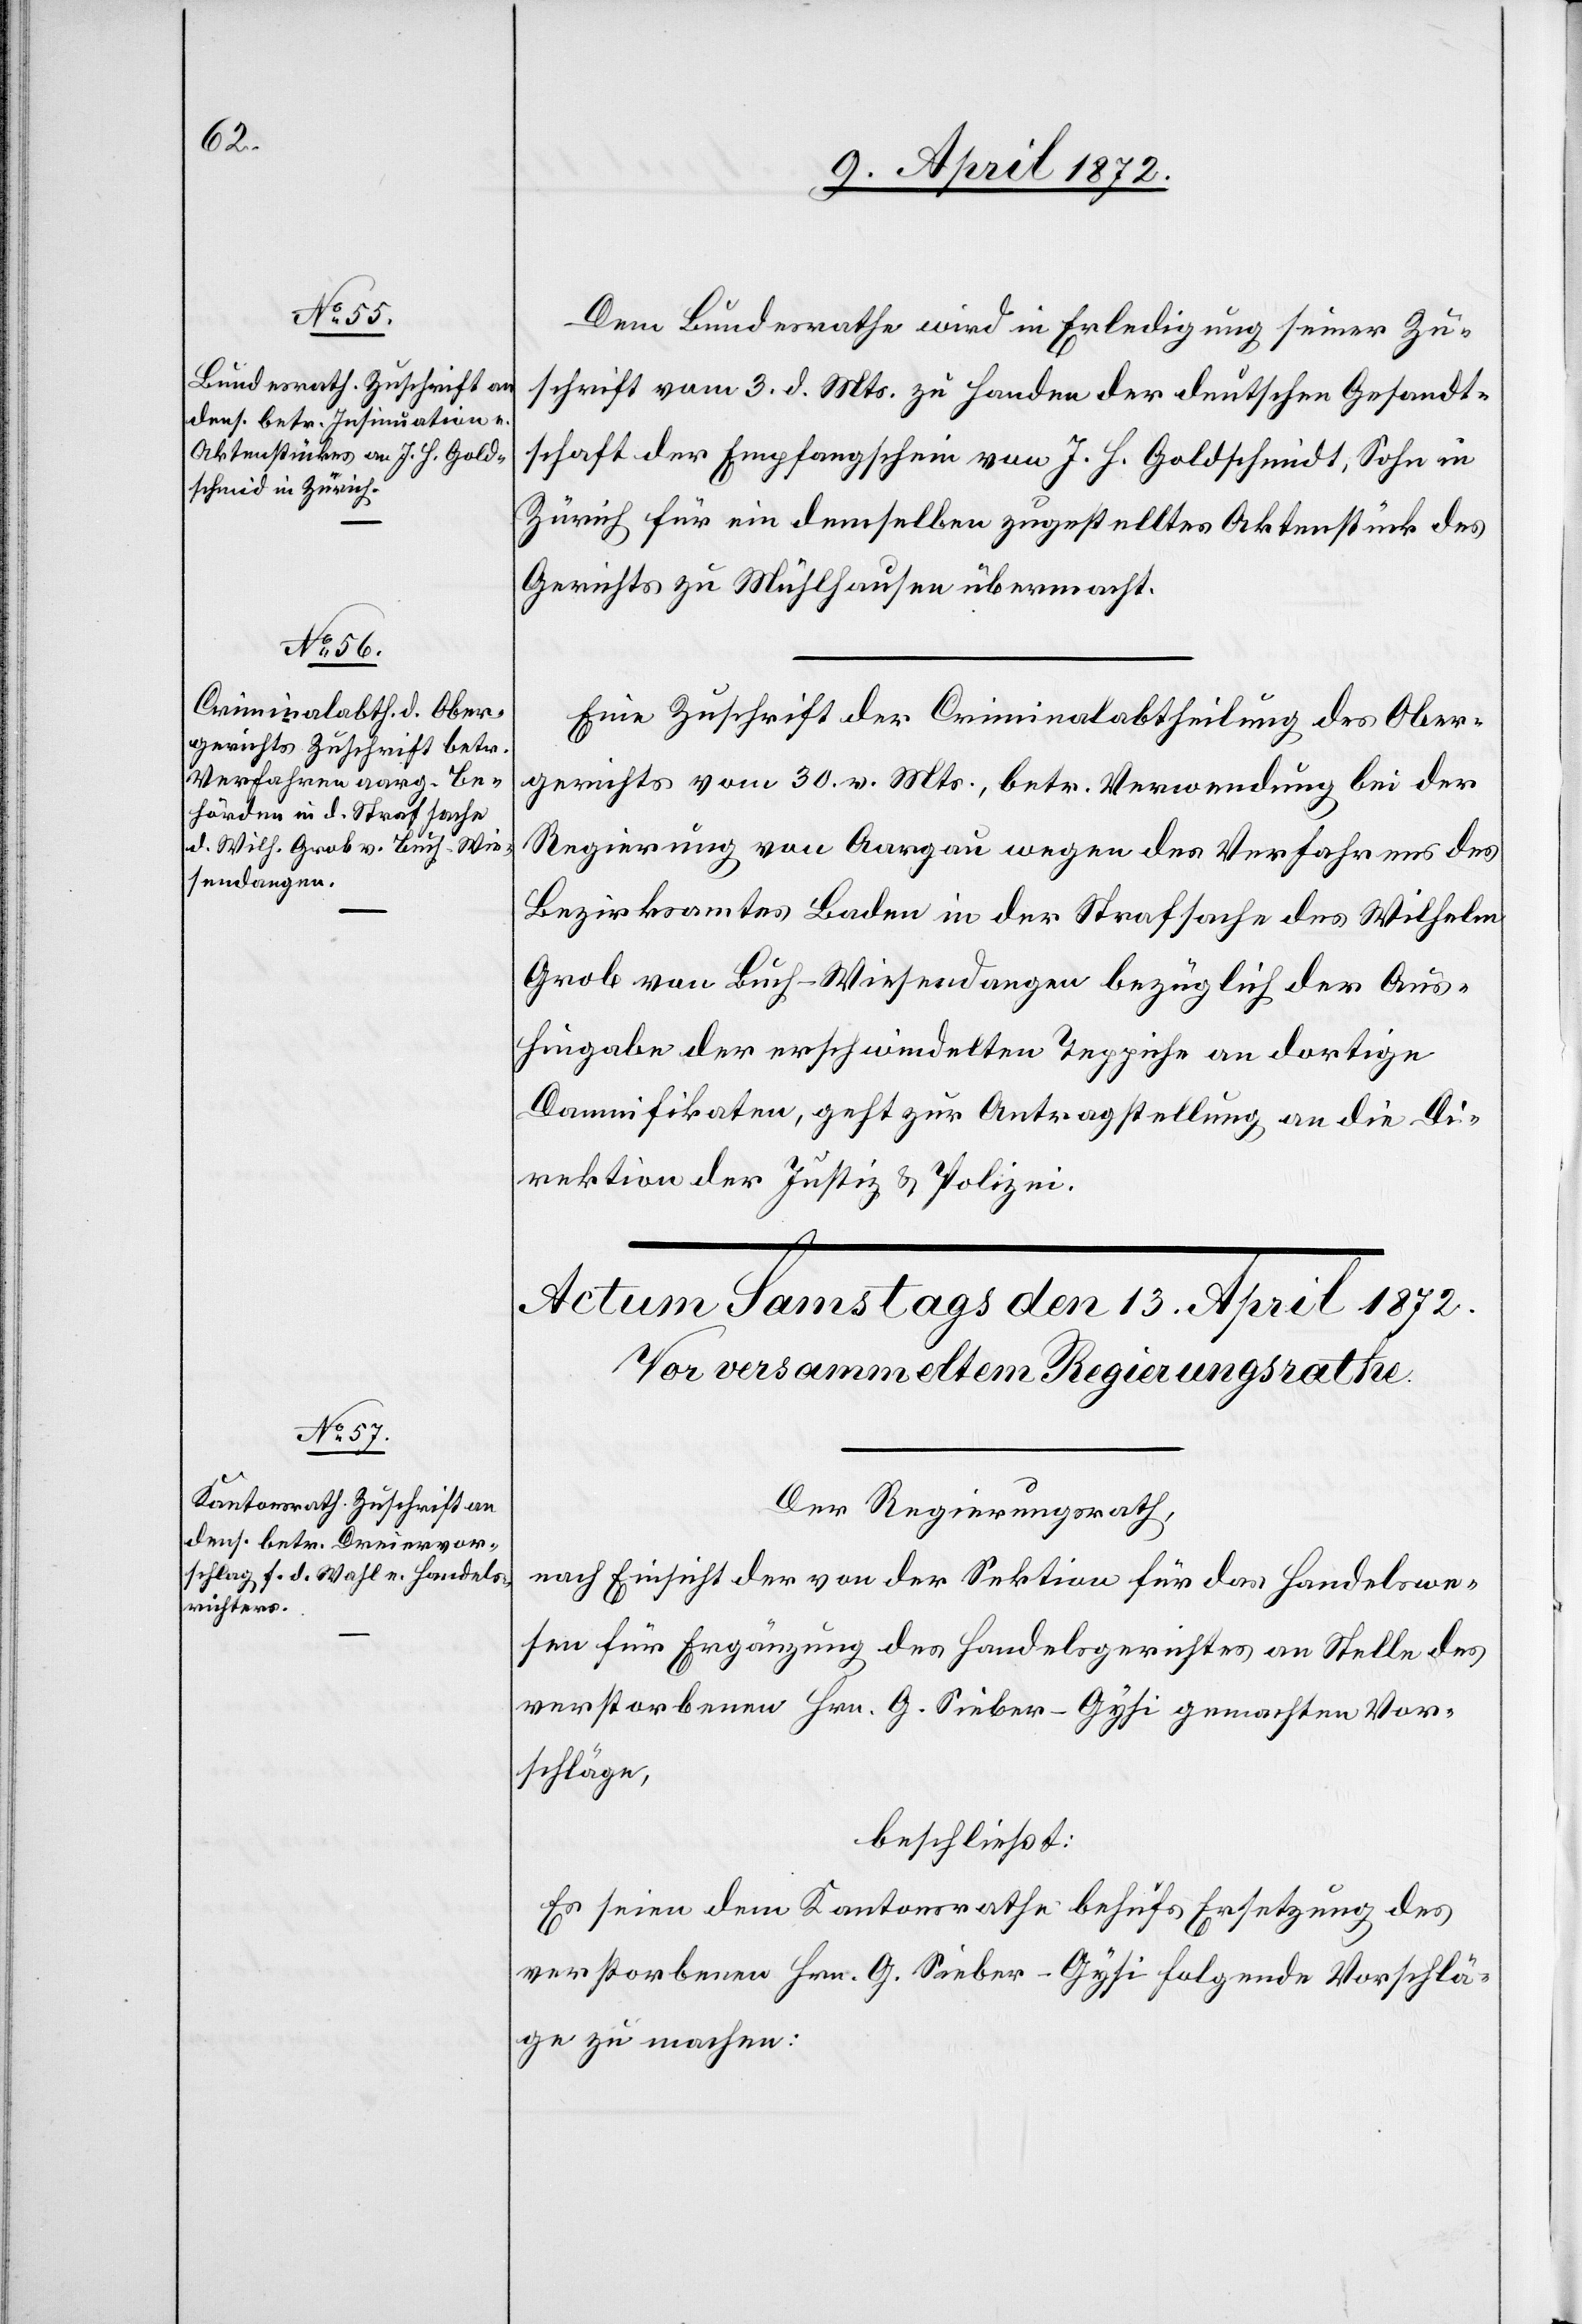
12. April 1872.]
Dem Bundesrathe wird in Erledigung seiner Zu¬
schrift vom 3. d. Mts. zu Handen der deutschen Gesandt¬
schaft der Empfangschein von J. H. Goldschmidt [sic!], Sohn in
Zürich für ein demselben zugestelltes Aktenstück des
Gerichts zu Mühlhausen übermacht.
Eine Zuschrift der Criminalabtheilung des Ober¬
gerichts vom 30. v. Mts., betr. Verwendung bei der
Regierung von Aargau wegen des Verfahrens des
Bezirksamtes Baden in der Strafsache des Wilhelm
Grob von Buch - Wiesendangen bezüglich der Aus¬
hingabe der erschwindelten Teppiche an dortige
Damnifikaten, geht zur Antragstellung an die Di¬
rektion der Justiz u. Polizei.
Der Regierungsrath,
nach Einsicht der von der Sektion für das Handelswe¬
sen für Ergänzung des Handelsgerichtes an Stelle des
verstorbenen Hrn. G. Sieber-Gysi gemachten Vor¬
schläge,
beschließt:
Es seien dem Kantonsrathe behufs Ersetzung des
verstorbenen Hrn. G. Sieber-Gysi folgende Vorschlä¬
ge zu machen: